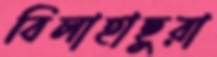
বিলাহাছুরা